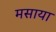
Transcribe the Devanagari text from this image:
मसाया